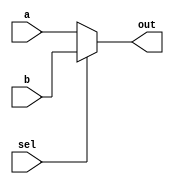
/**
 * MUX - Multiplexer
 * @module_name mux2
 * @author Yongting Chen <yongting.chen@ucdconnect.ie>
 */

module mux2 #(parameter width = 32) (
  input wire [width-1:0] a,
  input wire [width-1:0] b,
  input wire sel,
  output wire [width-1:0] out
);
  assign out = sel ? b : a;
endmodule